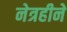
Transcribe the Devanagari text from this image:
नेत्रहीने